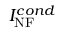
I _ { \mathrm { N F } } ^ { c o n d }